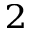
_ 2